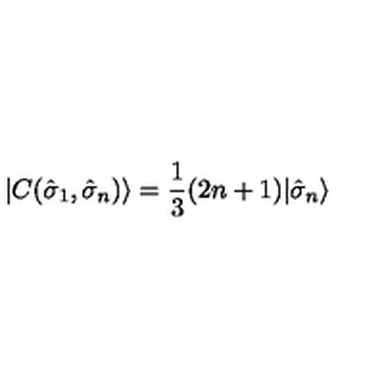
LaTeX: | C ( { \hat { \sigma } } _ { 1 } , { \hat { \sigma } } _ { n } ) \rangle = \frac { 1 } { 3 } ( 2 n + 1 ) | { \hat { \sigma } } _ { n } \rangle